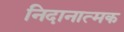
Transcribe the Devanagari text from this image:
निदानात्‍मक